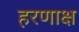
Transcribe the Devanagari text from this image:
हरणाक्ष